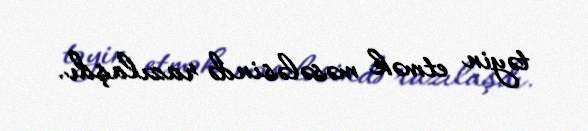
təyin etmək məsələsində razılaşdı.